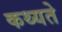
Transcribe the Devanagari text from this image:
कथ्यते